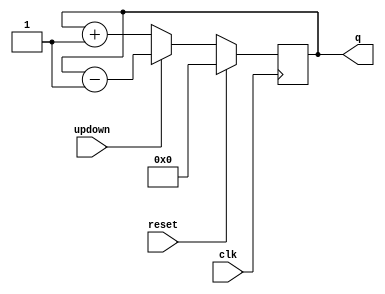
module nbit_updowncoun(
					output reg [N-1:0]q,
					input clk,reset,updown);
parameter N=4;
always@(posedge clk)
begin
	if(reset)
		q<=0;
	else
	begin
		if(!updown)
			q<=q+1;
		else
			q<=q-1;
	end
end
endmodule